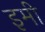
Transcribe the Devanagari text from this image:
इमी